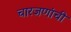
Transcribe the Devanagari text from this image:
चारजणांची